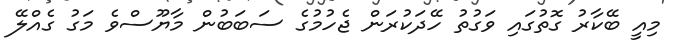
މިއީ ބޭކާރު ގޮތުގައި ވަގުތު ހޭދަކުރަން ޖެހުމުގެ ސަބަބުން މާޔޫސްވެ މަގު ގެއްލޭ